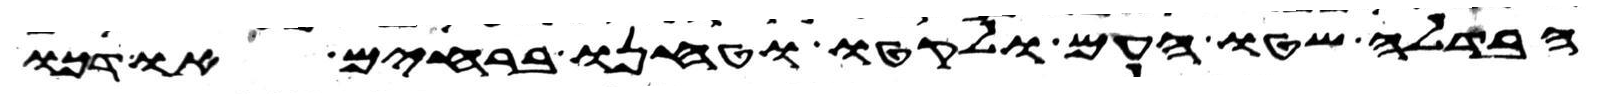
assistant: הבדלח שטו העם ולקטו וטחנו ברחים ודכו